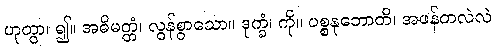
ဟုတွာ၊ ၍။ အဓိမတ္တံ၊ လွန်စွာသော။ ဒုက္ခံ၊ ကို။ ပစ္စနုဘောတိ၊ အဖန်တလဲလဲ